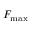
F _ { \mathrm { m a x } }